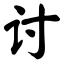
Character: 讨